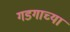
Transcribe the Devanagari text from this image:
गडगाच्या